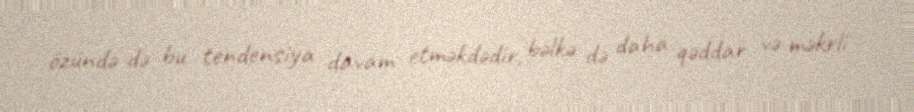
özündə də bu tendensiya davam etməkdədir, bəlkə də daha qəddar və məkrli